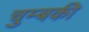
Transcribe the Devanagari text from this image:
चुम्बकी